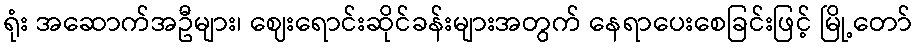
ရုံး အဆောက်အဦများ၊ ဈေးရောင်းဆိုင်ခန်းများအတွက် နေရာပေးစေခြင်းဖြင့် မြို့တော်